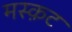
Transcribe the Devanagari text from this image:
मस्क़ट